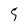
Character: 5